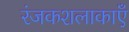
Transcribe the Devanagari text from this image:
रंजकशलाकाएँ